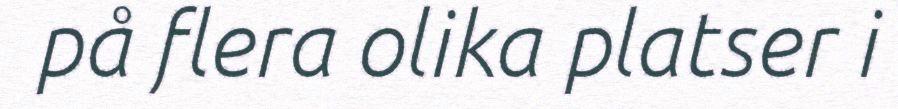
på flera olika platser i